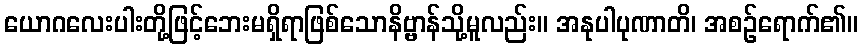
ယောဂလေးပါးတို့ဖြင့်ဘေးမရှိရာဖြစ်သောနိဗ္ဗာန်သို့မူလည်း။ အနုပါပုဏာတိ၊ အစဉ်ရောက်၏။